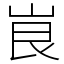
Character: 峎